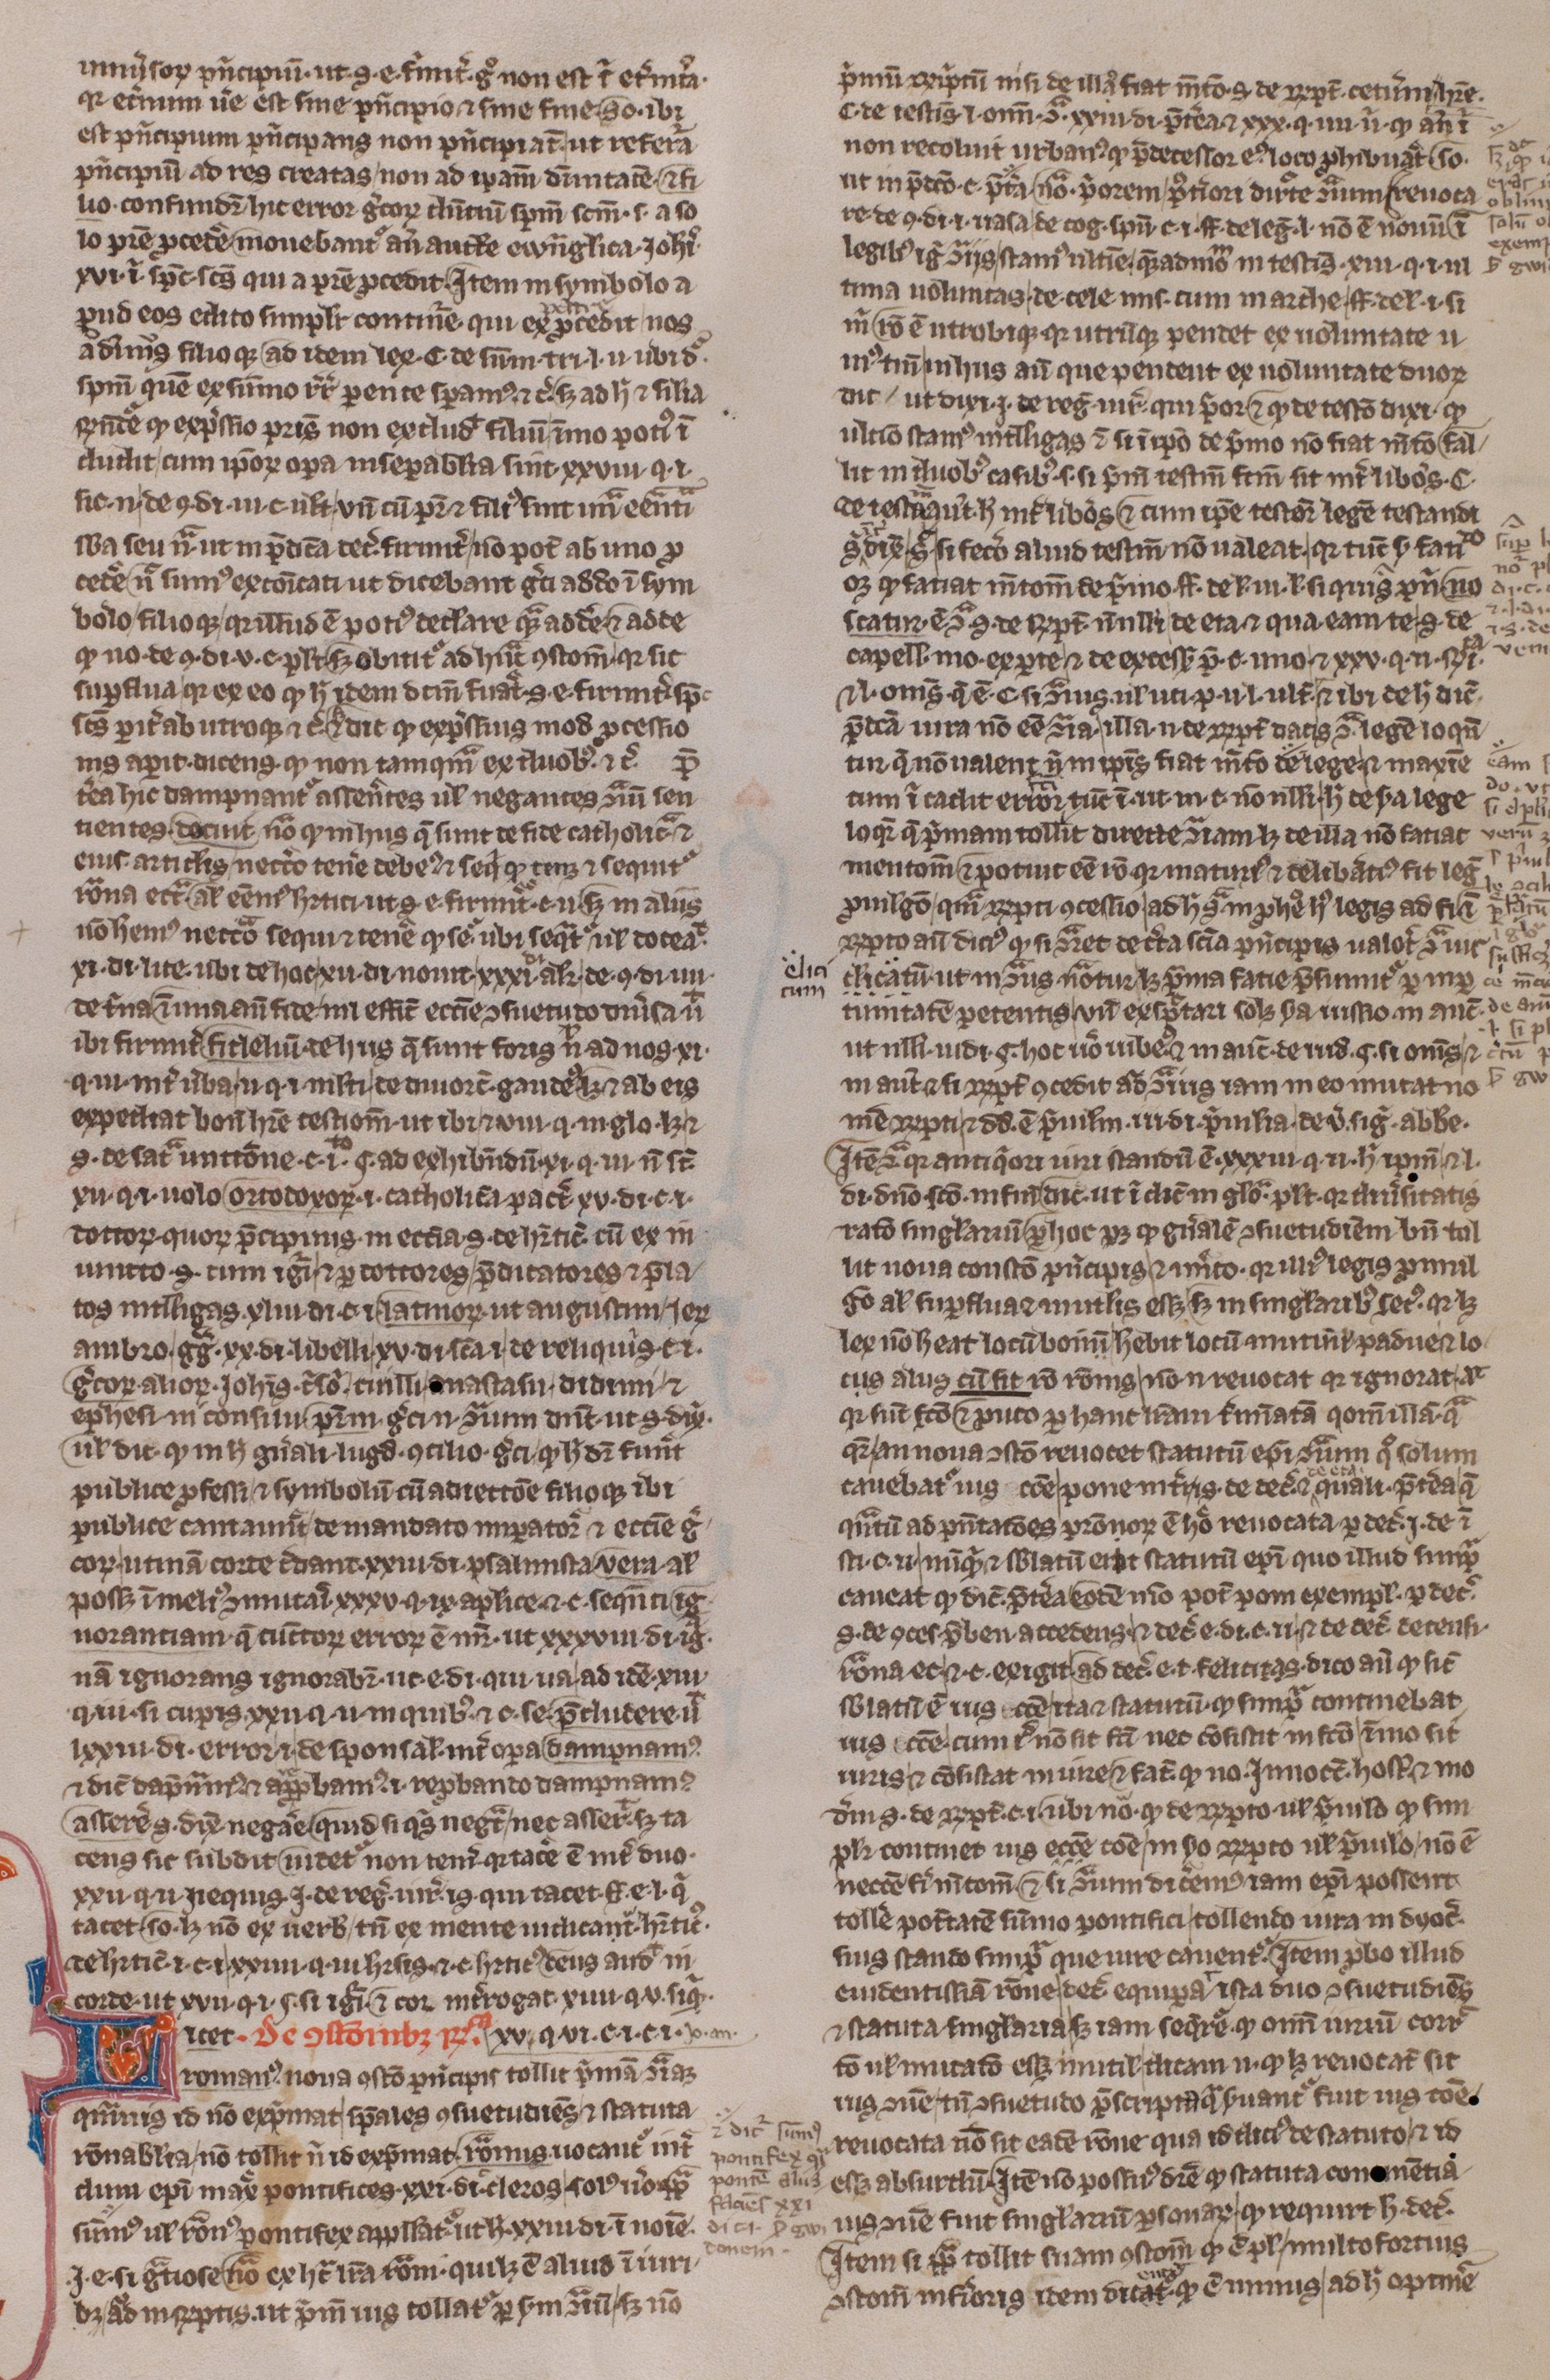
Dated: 1300–1399